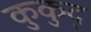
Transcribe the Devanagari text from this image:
कुकुद्